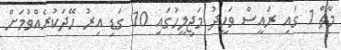
މާޗް 1 ގައި ރައީސް ވަހީދު މަޖިލީހުގައި 10 ގަޑި އިރު ހޭދަކުރެއްވުމަށް